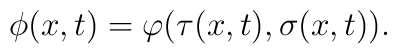
\phi(x,t) = \varphi(\tau(x,t), \sigma(x,t)).